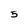
Character: 5